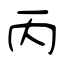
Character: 丙